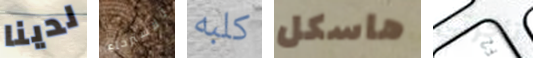
لدينا للإسترخاء كلبه هاسكل تأخرتي